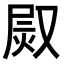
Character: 𤈫